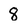
Character: 8